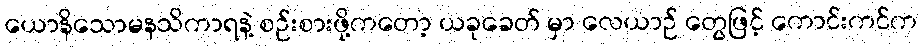
ယောနိသောမနသိကာရနဲ့ စဉ်းစားဖို့ကတော့ ယခုခေတ် မှာ လေယာဉ် တွေဖြင့် ကောင်းကင်က